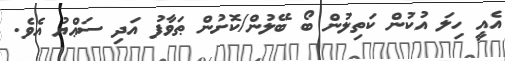
އެއީ ހިލަ އުކުން ކަތިލުން ބޯ ބޭލުން/ކޮށުން ޠަވާފު އަދި ސަޢްޔު އެވެ.